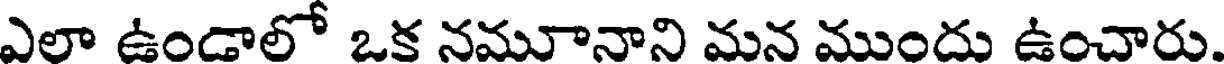
ఎలా ఉండాలో ఒక నమూనాని మన ముందు ఉంచారు.